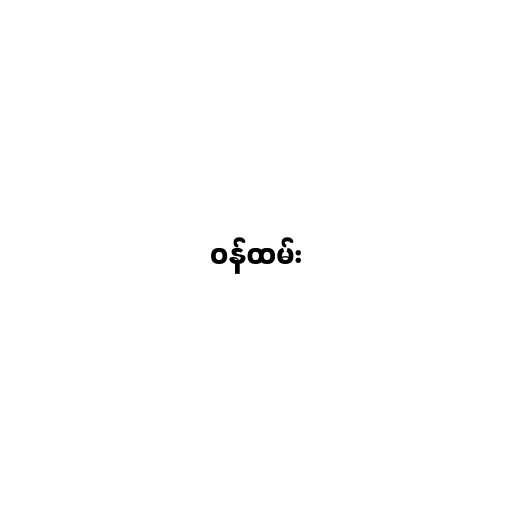
ဝန်ထမ်း